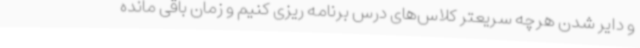
و دایر شدن هرچه سریعتر کلاس‌های درس برنامه ریزی کنیم و زمان باقی مانده